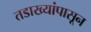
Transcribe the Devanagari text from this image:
तडाख्यांपासून